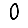
Digit: 0